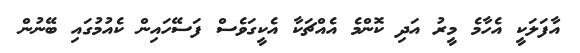
އާފަލަކީ އެހާމެ މީރު އަދި ކޮންމެ އެއްޗަކާ އެކީގަވެސް ފަސޭހައިން ކެއުމުގައި ބޭނުން